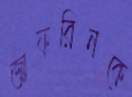
জাফরিনকে